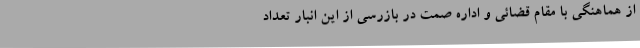
از هماهنگی با مقام قضائی و اداره صمت در بازرسی از این انبار تعداد